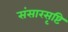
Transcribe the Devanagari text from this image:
संसारसृष्टि